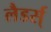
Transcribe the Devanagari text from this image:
लैडर्स्